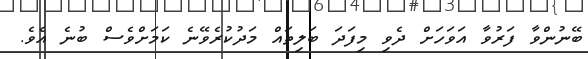
ބޭނުންވާ ފަރުވާ އަވަހަށް ދެވި މިފަދަ ބަލިތައް މަދުކުރެވޭނެ ކަމަށްވެސް ބުނެ އެވެ.